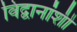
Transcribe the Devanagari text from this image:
विद्वानांशी